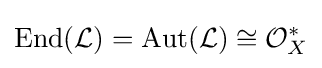
{\text{End}}({\mathcal {L}})={\text{Aut}}({\mathcal {L}})\cong {\mathcal {O}}_{X}^{*}